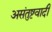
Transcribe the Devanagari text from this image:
असंतुष्टवादी